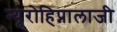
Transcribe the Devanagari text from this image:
न्यूरोहिप्नालाजी